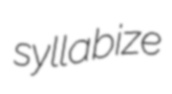
syllabize